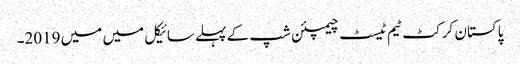
پاکستان کرکٹ ٹیم ٹیسٹ چیمپئن شپ کے پہلے سائیکل میں میں 2019۔